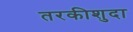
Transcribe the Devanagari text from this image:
तरकीशुदा